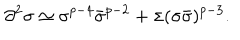
\partial ^ { 2 } \sigma \simeq \sigma ^ { p - 4 } \bar { \sigma } ^ { p - 2 } + \sigma ( \sigma \bar { \sigma } ) ^ { p - 3 } .